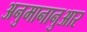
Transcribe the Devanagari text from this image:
अनुमानानुआर